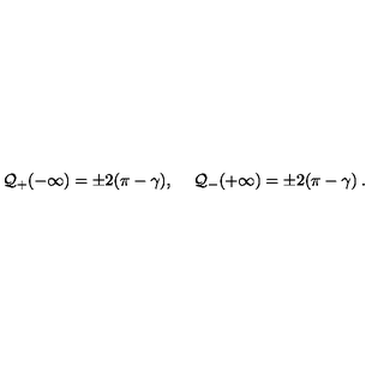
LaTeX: { \cal Q } _ { + } ( - \infty ) = \pm 2 ( \pi - \gamma ) , \quad \: { \cal Q } _ { - } ( + \infty ) = \pm 2 ( \pi - \gamma ) \: .